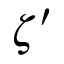
\zeta ^ { \prime }